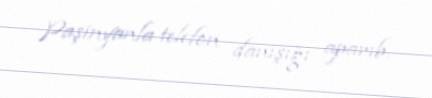
Paşinyanla telefon danışığı aparıb.